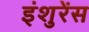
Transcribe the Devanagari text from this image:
इंशुरेंस